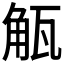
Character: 𮗩